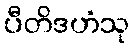
ပီတိဒဟံသု